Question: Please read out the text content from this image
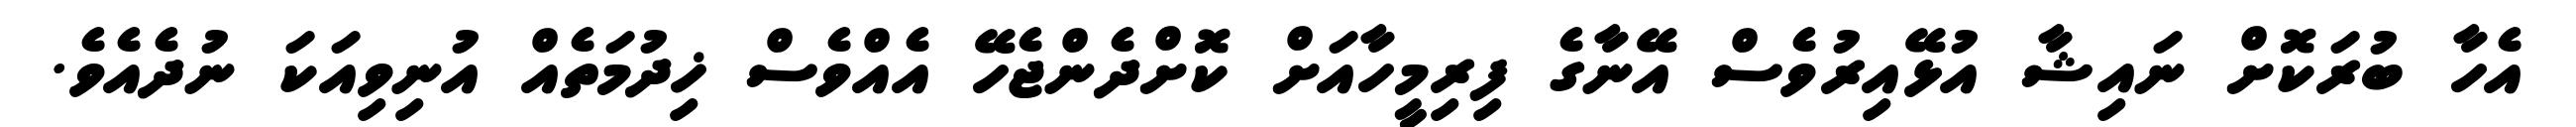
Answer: އެހާ ބުރަކޮށް ނައިޝާ އުޅޭއިރުވެސް އޭނާގެ ފިރިމީހާއަށް ކޮށްދެންޖެހޭ އެއްވެސް ޚިދުމަތެއް އުނިވިއަކަ ނުދެއެވެ.